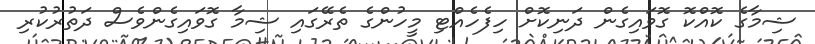
ޝިމާގެ ކޮއްކޮ ގޮވައިގެން ދަނިކޮށް ހިފެހެއްޓި މީހުންގެ ތެރޭގައި ޝިމާ ގޮވައިގެންވެސް ދަތުރުކުރި